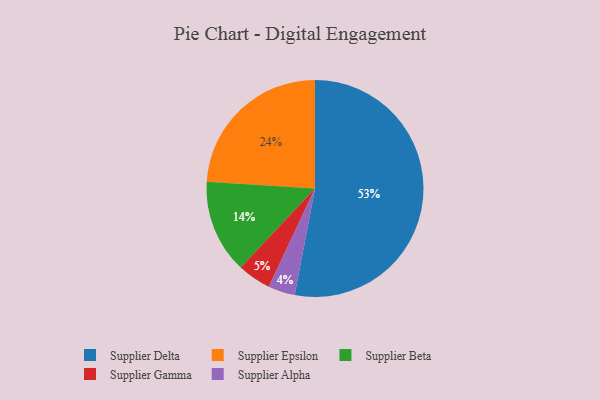
{"axis": {"x": "Category", "y": "Percentage"}, "legend": ["Supplier Alpha", "Supplier Beta", "Supplier Delta", "Supplier Epsilon", "Supplier Gamma"], "data": [{"x": "Supplier Epsilon", "y": 24, "type": "Supplier Epsilon"}, {"x": "Supplier Beta", "y": 14, "type": "Supplier Beta"}, {"x": "Supplier Gamma", "y": 5, "type": "Supplier Gamma"}, {"x": "Supplier Delta", "y": 53, "type": "Supplier Delta"}, {"x": "Supplier Alpha", "y": 4, "type": "Supplier Alpha"}]}